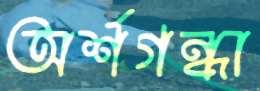
অর্শগন্ধা